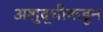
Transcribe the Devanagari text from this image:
अशुद्धीकडून